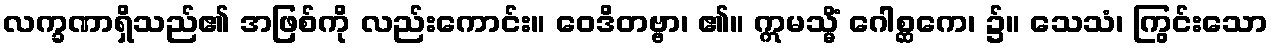
လက္ခဏာရှိသည်၏ အဖြစ်ကို လည်းကောင်း။ ဝေဒိတဗ္ဗာ၊ ၏။ ဣမသ္မိံ ဂေါစ္ဆကေ၊ ၌။ သေသံ၊ ကြွင်းသော